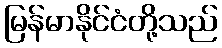
မြန်မာနိုင်ငံတို့သည်